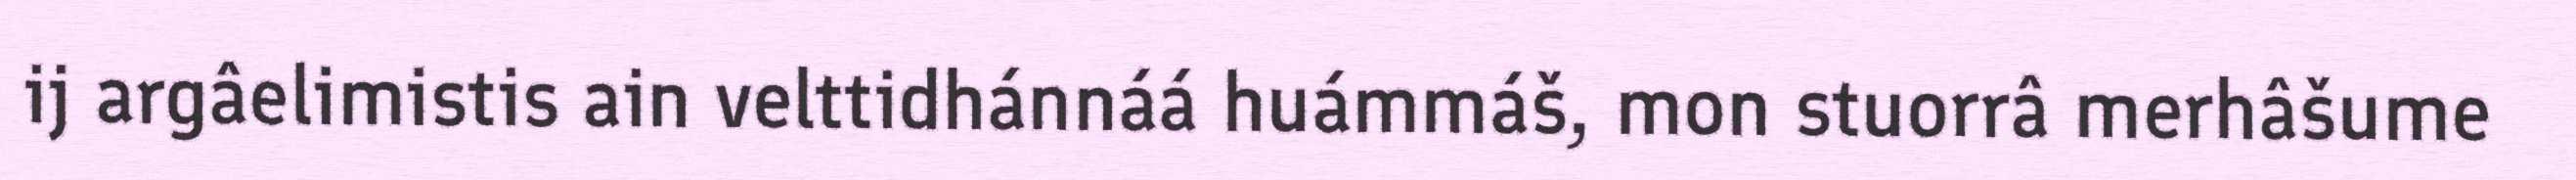
ij argâelimistis ain velttidhánnáá huámmáš, mon stuorrâ merhâšume